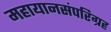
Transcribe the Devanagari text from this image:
महायानसंपरिग्रह